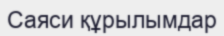
Саяси құрылымдар